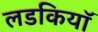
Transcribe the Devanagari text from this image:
लडकियॉ